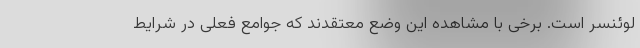
لوئنسر است. برخی با مشاهده این وضع معتقدند که جوامع فعلی در شرایط